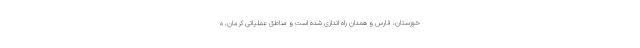
خوزستان، فارس و همدان راه اندازی شده است و مناطق عملیاتی کرمان، ه